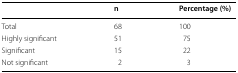
<table><thead><tr><td></td><td><b>n</b></td><td><b>Percentage (%)</b></td></tr></thead><tbody><tr><td>Total</td><td>68</td><td>100</td></tr><tr><td>Highly significant</td><td>51</td><td>75</td></tr><tr><td>Significant</td><td>15</td><td>22</td></tr><tr><td>Not significant</td><td>2</td><td>3</td></tr></tbody></table>